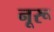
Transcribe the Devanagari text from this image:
नूरू